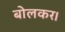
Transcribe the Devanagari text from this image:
बोलकर।